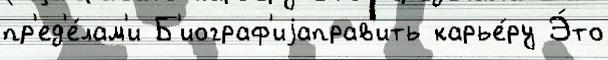
пр'ед'е́лам'и Б'иограф'иjаправ'ить карье́ру Э́то